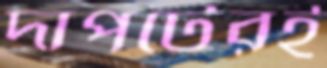
দাপটেরই